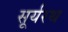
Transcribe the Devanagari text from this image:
सूर्यरथ